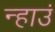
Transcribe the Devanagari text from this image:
न्हाउं